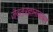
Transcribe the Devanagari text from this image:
जैवतंत्रज्ञानाबाबत